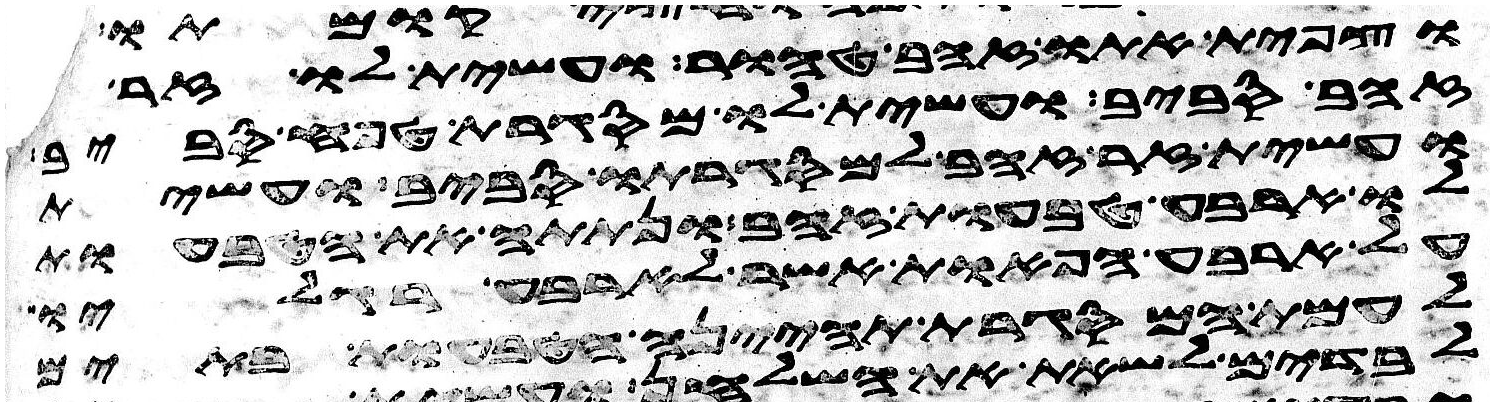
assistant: וצפית אתו זהב טהור ועשית לו זר
זהב סביב ועשית לו מסגרת טפח סביב
ועשית זר זהב למסגרתו סביב ועשית
לו ארבע טבעות זהב ונתתה את הטבעות
על ארבע הפאות אשר לארבע רגליו
לעמת המסגרת תהינה הטבעות בתים